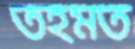
তহমত